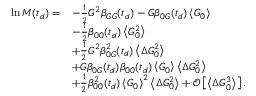
\begin{array} { r l } { \ln M ( t _ { d } ) = } & { - \frac { 1 } { 2 } G ^ { 2 } \beta _ { G G } ( t _ { d } ) - G \beta _ { 0 G } ( t _ { d } ) \left\langle G _ { 0 } \right\rangle } \\ & { - \frac { 1 } { 2 } \beta _ { 0 0 } ( t _ { d } ) \left\langle G _ { 0 } ^ { 2 } \right\rangle } \\ & { + \frac { 1 } { 2 } G ^ { 2 } \beta _ { 0 G } ^ { 2 } ( t _ { d } ) \left\langle \Delta G _ { 0 } ^ { 2 } \right\rangle } \\ & { + G \beta _ { 0 G } ( t _ { d } ) \beta _ { 0 0 } ( t _ { d } ) \left\langle G _ { 0 } \right\rangle \left\langle \Delta G _ { 0 } ^ { 2 } \right\rangle } \\ & { + \frac { 1 } { 2 } \beta _ { 0 0 } ^ { 2 } ( t _ { d } ) \left\langle G _ { 0 } \right\rangle ^ { 2 } \left\langle \Delta G _ { 0 } ^ { 2 } \right\rangle + \mathcal { O } \left[ \left\langle \Delta G _ { 0 } ^ { 3 } \right\rangle \right] . } \end{array}